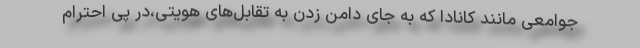
جوامعی مانند کانادا که به جای دامن زدن به تقابل‌های هویتی،در پی احترام